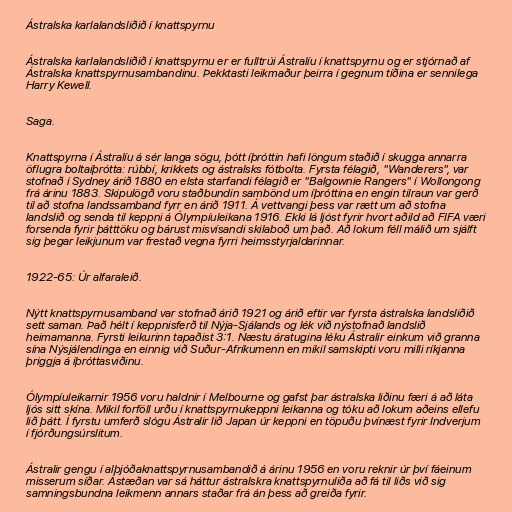
Ástralska karlalandsliðið í knattspyrnu

Ástralska karlalandsliðið í knattspyrnu er er fulltrúi Ástralíu í knattspyrnu og er stjórnað af
Ástralska knattspyrnusambandinu. Þekktasti leikmaður þeirra í gegnum tíðina er sennilega
Harry Kewell.

Saga.

Knattspyrna í Ástralíu á sér langa sögu, þótt íþróttin hafi löngum staðið í skugga annarra
öflugra boltaíþrótta: rúbbí, krikkets og ástralsks fótbolta. Fyrsta félagið, "Wanderers", var
stofnað í Sydney árið 1880 en elsta starfandi félagið er "Balgownie Rangers" í Wollongong
frá árinu 1883. Skipulögð voru staðbundin sambönd um íþróttina en engin tilraun var gerð
til að stofna landssamband fyrr en árið 1911. Á vettvangi þess var rætt um að stofna
landslið og senda til keppni á Ólympíuleikana 1916. Ekki lá ljóst fyrir hvort aðild að FIFA væri
forsenda fyrir þátttöku og bárust misvísandi skilaboð um það. Að lokum féll málið um sjálft
sig þegar leikjunum var frestað vegna fyrri heimsstyrjaldarinnar.

1922-65: Úr alfaraleið.

Nýtt knattspyrnusamband var stofnað árið 1921 og árið eftir var fyrsta ástralska landsliðið
sett saman. Það hélt í keppnisferð til Nýja-Sjálands og lék við nýstofnað landslið
heimamanna. Fyrsti leikurinn tapaðist 3:1. Næstu áratugina léku Ástralir einkum við granna
sína Nýsjálendinga en einnig við Suður-Afríkumenn en mikil samskipti voru milli ríkjanna
þriggja á íþróttasviðinu.

Ólympíuleikarnir 1956 voru haldnir í Melbourne og gafst þar ástralska liðinu færi á að láta
ljós sitt skína. Mikil forföll urðu í knattspyrnukeppni leikanna og tóku að lokum aðeins ellefu
lið þátt. Í fyrstu umferð slógu Ástralir lið Japan úr keppni en töpuðu þvínæst fyrir Indverjum
í fjórðungsúrslitum.

Ástralir gengu í alþjóðaknattspyrnusambandið á árinu 1956 en voru reknir úr því fáeinum
misserum síðar. Ástæðan var sá háttur ástralskra knattspyrnuliða að fá til liðs við sig
samningsbundna leikmenn annars staðar frá án þess að greiða fyrir.